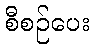
စီစဉ်ပေး